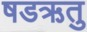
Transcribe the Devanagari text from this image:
षडऋतु